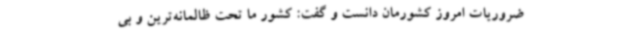
ضروریات امروز کشورمان دانست و گفت: کشور ما تحت ظالمانه‌ترین و بی‌